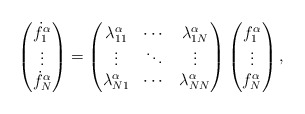
\begin{align*}\begin{pmatrix}{\dot{f}}_1^{\alpha}\\\vdots\\{\dot{f}}_N^{\alpha}\end{pmatrix}=\begin{pmatrix}\lambda_{11}^{\alpha} & \cdots & \lambda_{1N}^{\alpha}\\\vdots & \ddots & \vdots\\\lambda_{N1}^{\alpha} & \cdots & \lambda_{NN}^{\alpha}\end{pmatrix}\begin{pmatrix}f_1^{\alpha}\\\vdots\\f_N^{\alpha}\end{pmatrix},\end{align*}